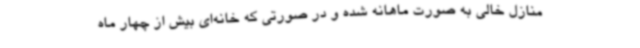
منازل خالی به صورت ماهانه شده و در صورتی که خانه‌ای بیش‌ از چهار ماه